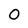
Character: 0